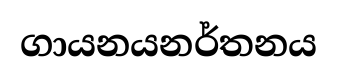
ගායනයනර්තනය